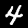
Label: 4